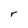
Character: r